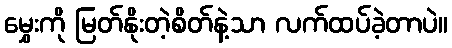
မွှေးကို မြတ်နိုးတဲ့စိတ်နဲ့သာ လက်ထပ်ခဲ့တာပဲ။